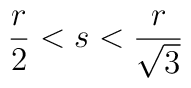
\frac{r}{2}<s<\frac{r}{\sqrt{3}}